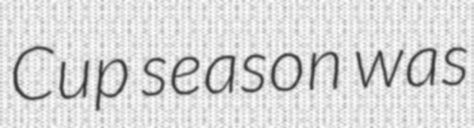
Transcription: Cup season was